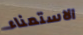
الاستمناء